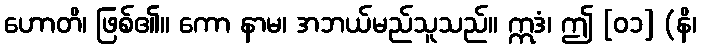
ဟောတိ၊ ဖြစ်၏။ ကော နာမ၊ အဘယ်မည်သူသည်။ ဣဒံ၊ ဤ [၀၁] (နိ၊